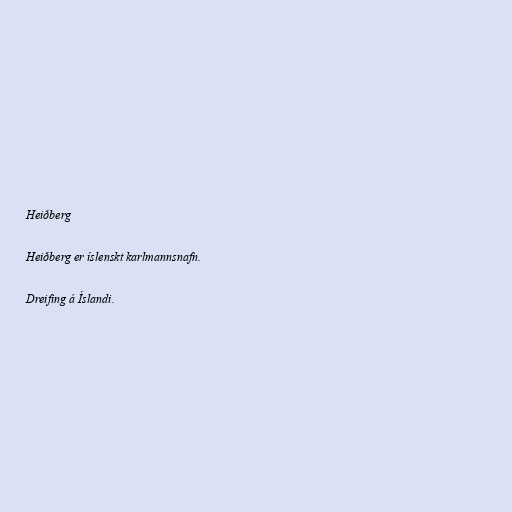
Heiðberg

Heiðberg er íslenskt karlmannsnafn.

Dreifing á Íslandi.